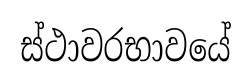
ස්ථාවරභාවයේ